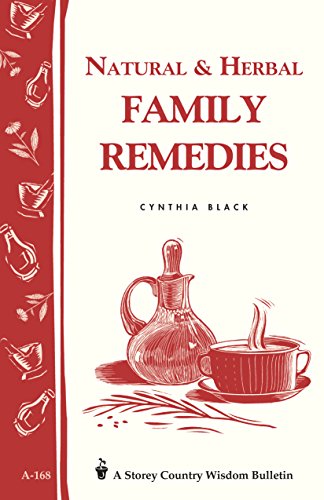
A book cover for Natural & Herbal Family Remedies: Storey's Country Wisdom Bulletin A-168 (Storey Publishing Bulletin, a-168); Cynthia Black; Crafts, Hobbies & Home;